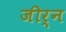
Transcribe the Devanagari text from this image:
जीर्न